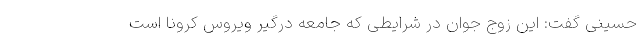
حسینی گفت: این زوج‌ جوان در شرایطی که جامعه درگیر ویروس کرونا است